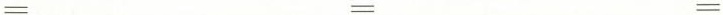
= = =